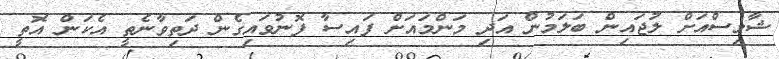
ޝާމިސްއަށް ލުޖައިން ބަލަމުން އަދި މަންމައަށް ފައިސާ ފޮނުވައިގެން ދަތިވާނެތީ އެކަން އޮތީ